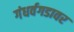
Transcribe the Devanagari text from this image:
गंधर्वगडावर